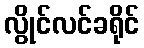
လွိုင်လင်ခရိုင်